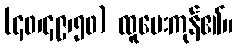
(၄၀၊၄၉၊၅၀) ထူပေးကုန်၏။